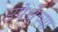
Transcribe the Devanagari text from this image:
उपेक्षेच्या